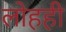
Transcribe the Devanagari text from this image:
लोहही